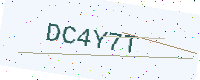
Text: DC4Y7T